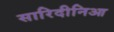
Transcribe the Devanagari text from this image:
सारिदीनिआ